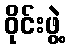
ဝိုင်းဖွဲ့